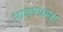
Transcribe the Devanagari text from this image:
भाजपाध्यक्ष